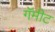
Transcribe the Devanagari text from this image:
गॅमीट